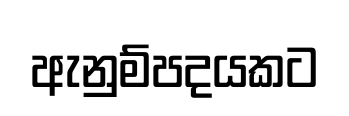
ඇනුම්පදයකට